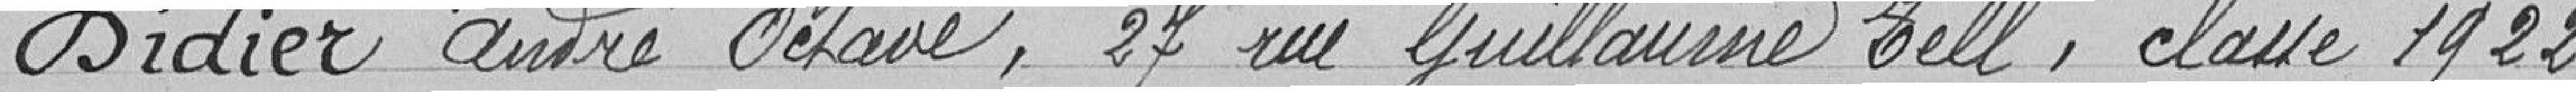
Didier André Octave, 27 rue Guillaume Zell, classe 1922